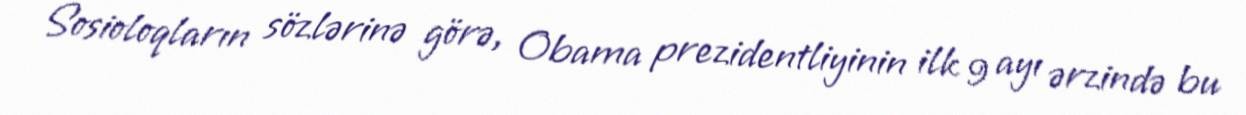
Sosioloqların sözlərinə görə, Obama prezidentliyinin ilk 9 ayı ərzində bu